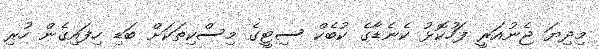
މިދިޔަ ޖެނުއަރީ ފަހުކޮޅު ކެނެޑާގެ ކުބެކް ސިޓީގެ މިސްކިތަކަށް ބަޑި ހިފައިގެން ހުރި